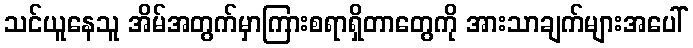
သင်ယူနေသူ အိမ်အတွက်မှာကြားစရာရှိတာတွေကို အားသာချက်များအပေါ်